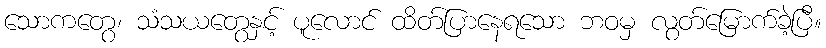
သောကတွေ၊ သံသယတွေနှင့် ပူလောင် ထိတ်ပြာနေရသော ဘဝမှ လွတ်မြောက်ခဲ့ပြီ။